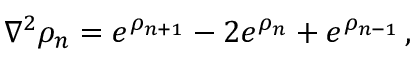
\nabla ^ { 2 } \rho _ { n } = e ^ { \rho _ { n + 1 } } - 2 e ^ { \rho _ { n } } + e ^ { \rho _ { n - 1 } } \, ,